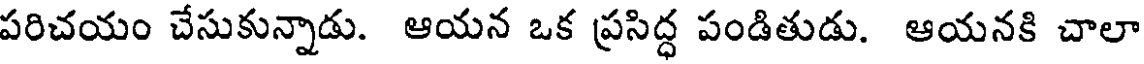
పరిచయం చేసుకున్నాడు. ఆయన ఒక ప్రసిద్ధ పండితుడు. ఆయనకి చాలా